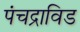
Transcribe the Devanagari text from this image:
पंचद्राविड